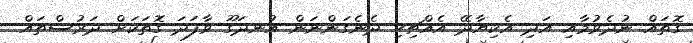
ގޮތައް ނުދެވުމާއި އަދި އެކިޔާދޭ އެއްޗިހި ދެނެގަންނަން އުނދަގޫ ވާފަދަ ގޮތަކަށް ދަރުސްތައް